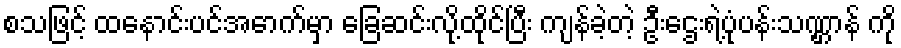
စသဖြင့် ထနောင်းပင်အောက်မှာ ခြေဆင်းလို့ထိုင်ပြီး ကျန်ခဲ့တဲ့ ဦးဌေးရဲ့ပုံပန်းသဏ္ဌာန် ကို